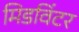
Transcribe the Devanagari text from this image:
मिडविंटर